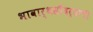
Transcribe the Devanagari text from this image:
भावार्थसौंदर्याची